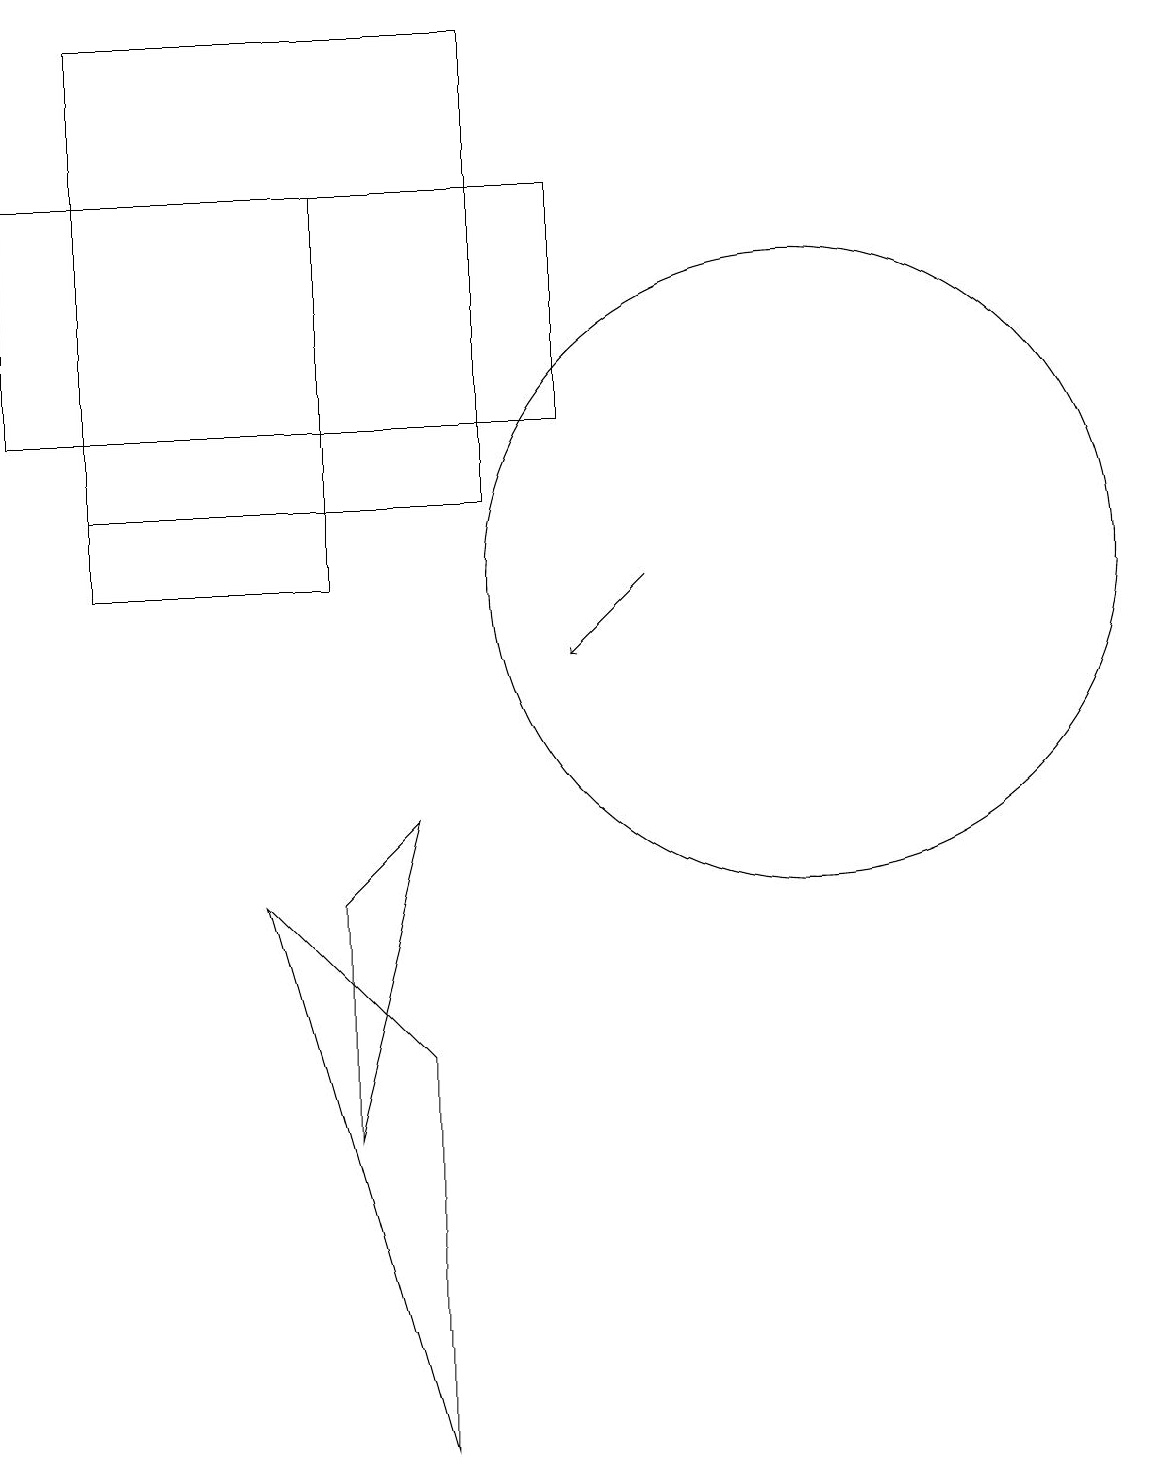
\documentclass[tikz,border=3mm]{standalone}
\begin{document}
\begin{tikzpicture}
\draw (6,8) -- (5,7) -- (5,4) -- cycle;
\draw (2,16) rectangle (2,15);
\draw (2,18) rectangle (7,12);
\draw (8,16) rectangle (1,13);
\draw (5,11) rectangle (2,16);
\draw[->] (9,11) -- (8,10);
\draw (6,0) -- (4,7) -- (6,5) -- cycle;
\draw (11,11) circle (4);
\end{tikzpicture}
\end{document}